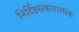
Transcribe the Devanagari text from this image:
निर्दिष्टसकारात्मक